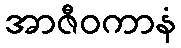
အာဇီဝကာနံ